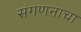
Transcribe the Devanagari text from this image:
संगणनाचा